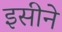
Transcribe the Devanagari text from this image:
इसीने